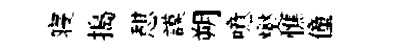
寝搗憇謨朔噫爕憔僮